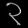
Digit: ၃